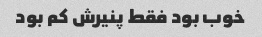
خوب بود فقط پنیرش کم بود